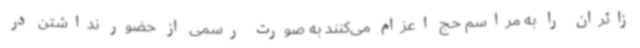
زائران را به مراسم حج اعزام می‌کنند به صورت رسمی از حضور نداشتن در